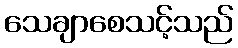
သေချာစေသင့်သည်